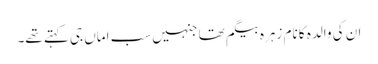
ان کی والدہ کا نام زہرہ بیگم تھا جنہیں سب اماں جی کہتے تھے۔